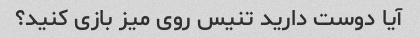
آیا دوست دارید تنیس روی میز بازی کنید؟